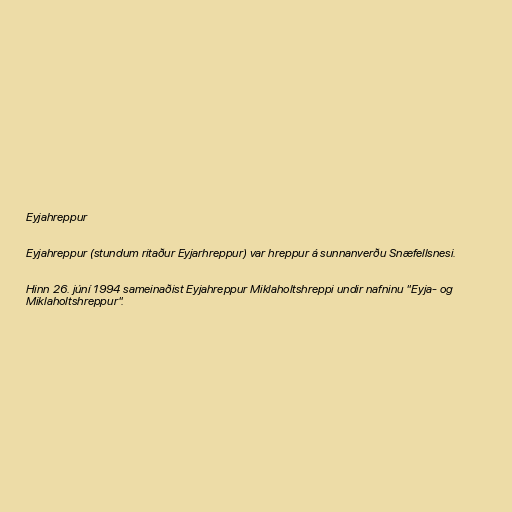
Eyjahreppur

Eyjahreppur (stundum ritaður Eyjarhreppur) var hreppur á sunnanverðu Snæfellsnesi.

Hinn 26. júní 1994 sameinaðist Eyjahreppur Miklaholtshreppi undir nafninu "Eyja- og
Miklaholtshreppur".